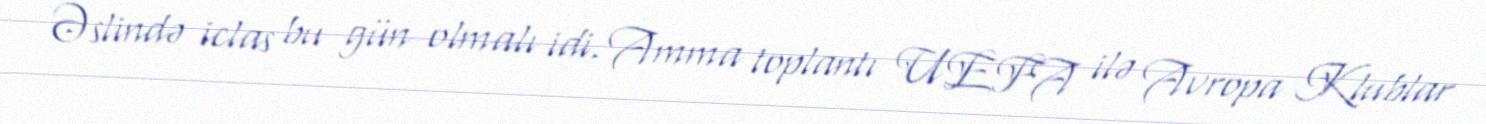
Əslində iclas bu gün olmalı idi. Amma toplantı UEFA ilə Avropa Klublar